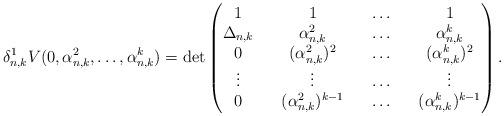
LaTeX: \begin{align*}\delta_{n,k}^{1}V(0,\alpha_{n,k}^{2},\ldots,\alpha_{n,k}^{k})=\det\begin{pmatrix} 1 && 1 && \ldots && 1 \\ \Delta_{n,k} && \alpha_{n,k}^{2} && \ldots && \alpha_{n,k}^{k}\\ 0 && (\alpha_{n,k}^{2})^{2} && \ldots && (\alpha_{n,k}^{k})^2 \\ \vdots && \vdots && \ldots && \vdots\\ 0 && (\alpha_{n,k}^{2})^{k-1} && \ldots && (\alpha_{n,k}^{k})^{k-1}\end{pmatrix}.\end{align*}